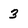
Character: 3